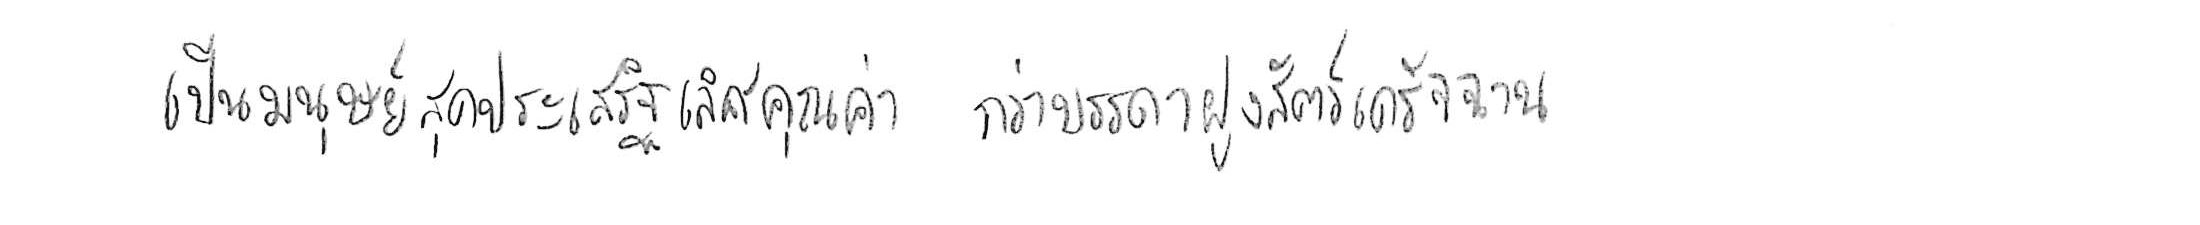
เป็นมนุษย์สุดประเสริฐเลิศคุณค่า กว่าบรรดาฝูงสัตว์เดรัจฉาน